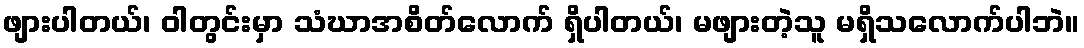
ဖျားပါတယ်၊ ဝါတွင်းမှာ သံဃာအစိတ်လောက် ရှိပါတယ်၊ မဖျားတဲ့သူ မရှိသလောက်ပါဘဲ။